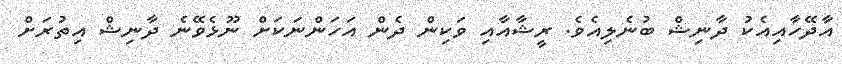
އާދޭހާއިއެކު ދާނިޝް ބުނެލިއެވެ. ރީޝާއާއި ވަކިން ދެން އަހަންނަކަށް ނޫޅެވޭނެ ދާނިޝް އިތުރަށް